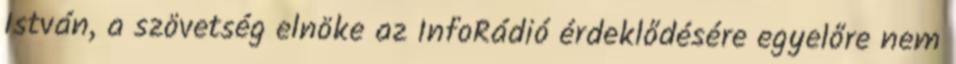
István, a szövetség elnöke az InfoRádió érdeklődésére egyelőre nem